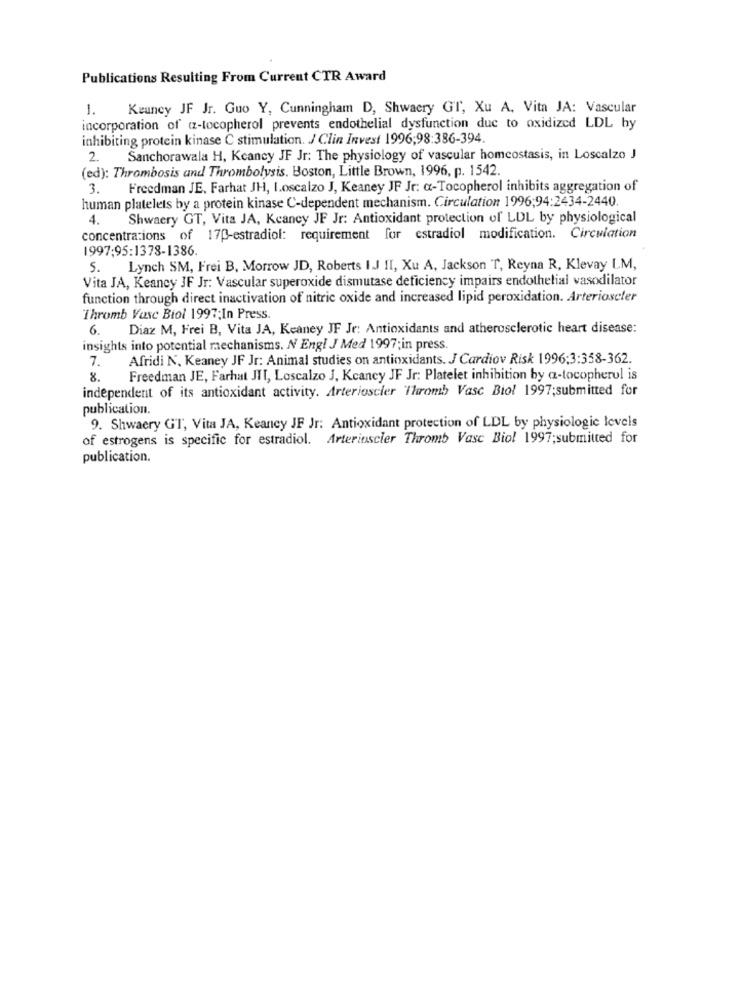
Publications Resulting From Current CTR Award
1.
Keuney JF Jr. Guo Y, Cunningham D, Shwaery GT, Xu A, Vita JA: Vascular
incorporation of cz-tocopherol prevents endothelial dysfunction due to oxidized LDL by
inhibiting protein kinase C stimulation. J Clin Invest 1996;98:386-394.
2.
Sanchorawala H, Kcancy JF Jr: The physiology of vascular homeostasis, in Loscalzo J
(ed): Thrombosis and Thrombolysis. Boston, Little Brown, 1996, p. 1542.
3.
Freedman JE. Farhat JH, Loscalzo J, Keaney JF Jr: «-Tocopherol inhibits aggregation of
human platelets by a protein kinase C-dependent mechanism. Circulation 1996;94:2434-2440
4.
Shwaery GT, Vita JA, Keancy JF Jr: Antioxidant protection of LDL by physiological
concentrations of 170-estradiol: requirement for estradiol modification. Circulation
1997:95:1378-1386.
5.
Lynch SM, Frei B, Morrow JD, Roberts I.J II, Xu A, Jackson T, Reyna R, Klevay L.M,
Vita JA, Keancy JF Jr: Vascular superoxide dismutase deficiency impairs endothelial vasodilator
function through direct inactivation of nitric oxide and increased lipid peroxidation. Arterioscter
Thromb Vasc Biol 1997;In Press.
6.
Diaz M, Frei B, Vita JA, Keaney JF Jr: Antioxidants and atherosclerotic heart disease:
insights into potential mechanisms. N Engl J Med 1997;in press.
7.
Afridi N. Keaney JF Jr: Animal studies on antioxidants. J Cardiov Risk 1996;3:358-362.
8.
Freedman JE, Farhat JIT, Loscalzo J, Kcaney JF Jr: Platelet inhibition by a-tocopherul is
independent of its antioxidant activity. Arterioscler Thromb Vasc Biol 1997;submitted for
publication.
9. Shwaery GT, Vita JA, Keancy JF Jr: Antioxidant protection of LDL by physiologic levels
of estrogens is specific for estradiol. Arterioscler Thromb Vasc Biol 1997;submitted for
publication.